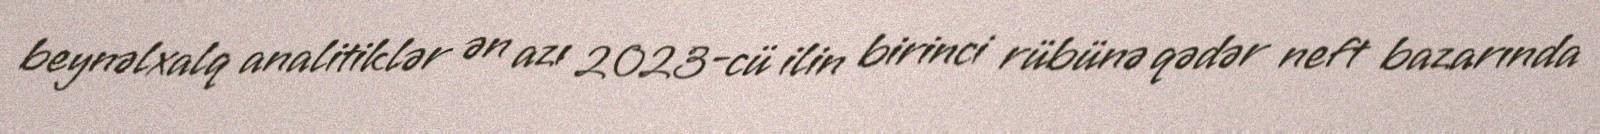
beynəlxalq analitiklər ən azı 2023-cü ilin birinci rübünə qədər neft bazarında